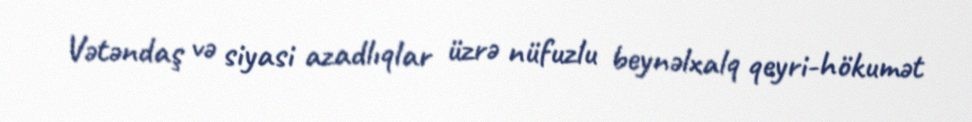
Vətəndaş və siyasi azadlıqlar üzrə nüfuzlu beynəlxalq qeyri-hökumət